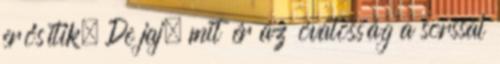
erősítik. De jaj, mit ér az óvatosság a sorssal